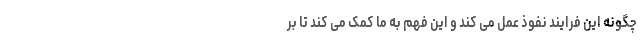
چگونه این فرایندِ نفوذ عمل می کند و این فهم به ما کمک می کند تا بر